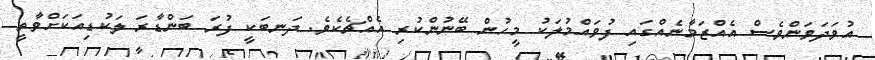
އުވަދަވަންވެސް އެއްޒަމާނެއްގައި ފުވައްމުލަކު މީހުން ބޭނުންކުރި އެއްޗެކެވެ. ދަނބަކީ ފުރަ ބަންޑާރަ ލަކުޑިއަކަށްވާތީ